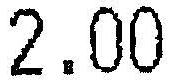
2.00